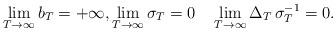
LaTeX: \begin{align*}\lim_{T\rightarrow \infty } b_T = + \infty, \lim_{T\rightarrow \infty } \sigma_T = 0\quad\lim_{T\rightarrow \infty } \Delta_T \, \sigma_T^{-1} = 0. \end{align*}